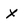
Character: x